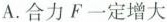
A.合力F一定增大